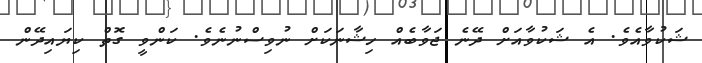
ޝަކުވާއެވެ. އެ ޝަކުވާއަށް ދޭނެ ޖަވާބެއް ހިޝާނަކަށް ނުވިސްނުނެވެ. ކަންވީ ގޮތް ކިޔައިދޭން